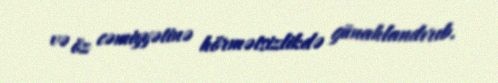
və öz cəmiyyətinə hörmətsizlikdə günahlandırıb.